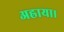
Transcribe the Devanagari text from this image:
अह्राया।